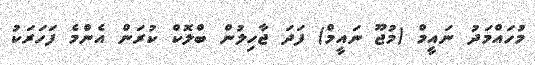
މުހައްމަދު ނައީމް (މުޖޫ ނައީމް) ފަދަ ޖާހިލުން ބްލޮކް ކުރަން އެންމެ ފަހަރަކު